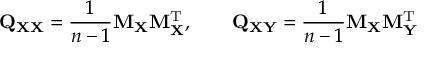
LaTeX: \mathbf { Q } _ { \mathbf { X X } } = { \frac { 1 } { n - 1 } } \mathbf { M } _ { \mathbf { X } } \mathbf { M } _ { \mathbf { X } } ^ { \mathrm { { T } } } , \qquad \mathbf { Q } _ { \mathbf { X Y } } = { \frac { 1 } { n - 1 } } \mathbf { M } _ { \mathbf { X } } \mathbf { M } _ { \mathbf { Y } } ^ { \mathrm { { T } } }